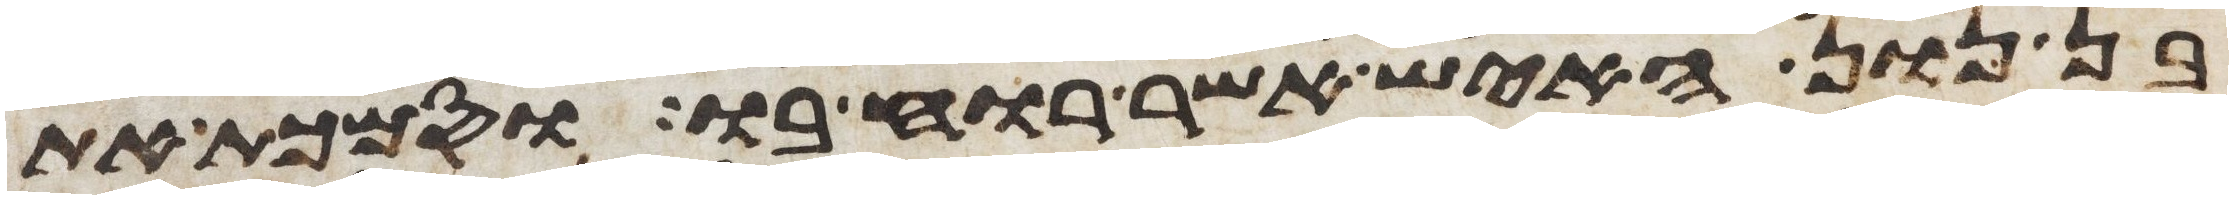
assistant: בן נון האיש אשר רוחו בו וסמכת את